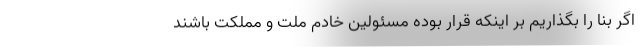
اگر بنا را بگذاریم بر اینکه قرار بوده مسئولین خادم ملت و مملکت باشند